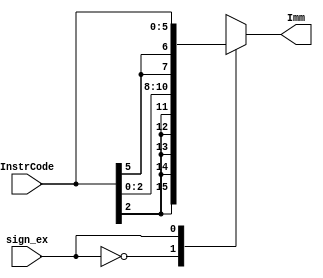
`timescale 1ns / 1ps
//////////////////////////////////////////////////////////////////////////////////
// Company: 
// Engineer: 
// 
// Design Name: 
// Module Name:    sign_extend 
// Project Name: 
// Target Devices: 
// Tool versions: 
// Description: 
//
// Dependencies: 
//
// Revision: 
// Revision 0.01 - File Created
// Additional Comments: 
//
//////////////////////////////////////////////////////////////////////////////////
module sign_extend(
    input [5:0] InstrCode,
	 input sign_ex,
    output reg [7:0] Imm
    );

always@(*)
begin
	case(sign_ex)
		1'b0: Imm = {{6{InstrCode[2]}},InstrCode[1:0]};
		1'b1: Imm = {{3{InstrCode[5]}},InstrCode[4:0]};
		default: Imm = 8'h00;
	endcase
end

endmodule